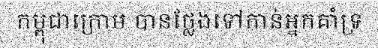
កម្ពុជាក្រោម បានថ្លែងទៅកាន់អ្នកគាំទ្រ